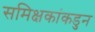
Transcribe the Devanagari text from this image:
समिक्षकांकडुन